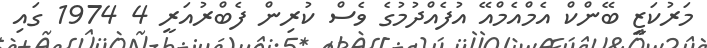
މަރުކަޒީ ބޭންކް އެމްއެމްއޭ އުފެއްދުމުގެ ވެސް ކުރިން ފެބްރުއަރީ 4 1974 ގައި